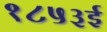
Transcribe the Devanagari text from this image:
१८५३ई